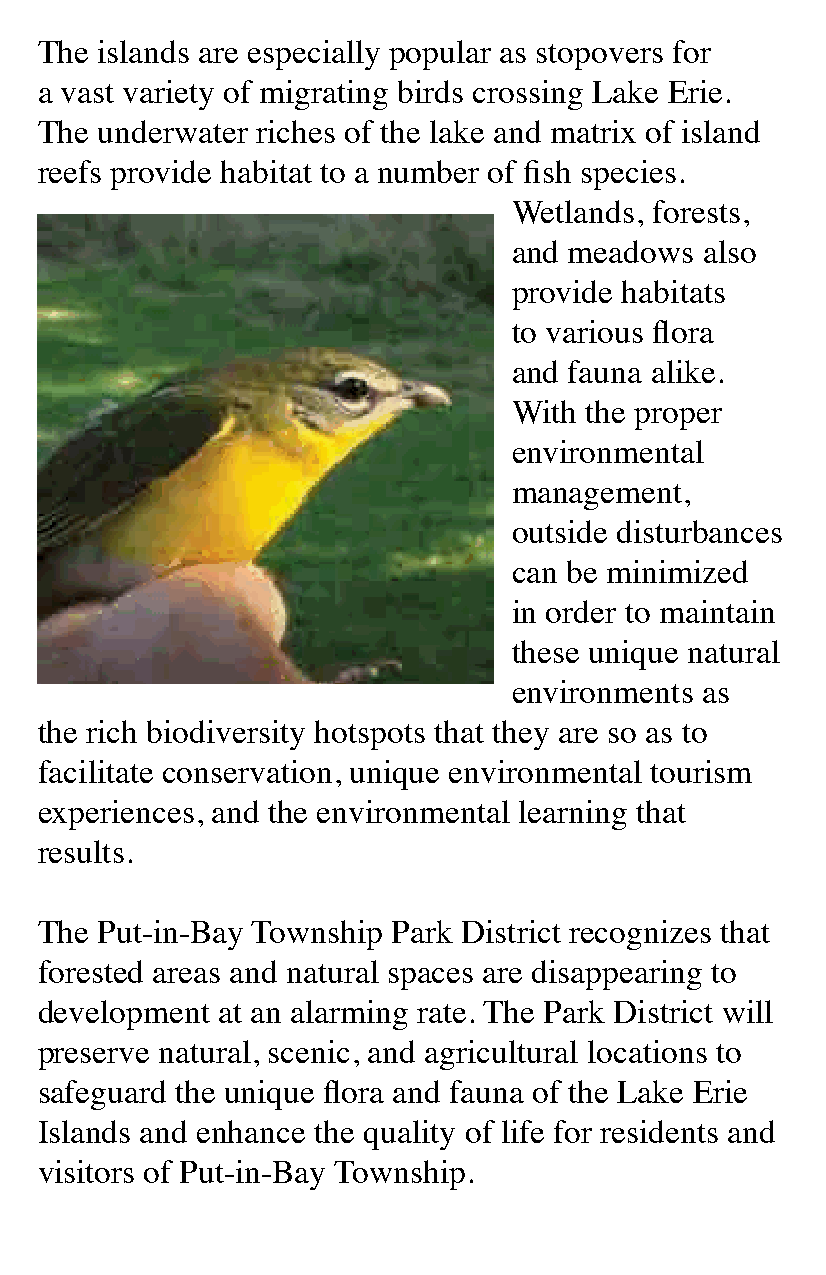
The islands are especially popular as stopovers for
 a vast variety of migrating birds crossing Lake Erie.
 The underwater riches of the lake and matrix of island
 reefs provide habitat to a number of fish species.
 Wetlands, forests,
 and meadows also
 provide habitats
 to various flora
 and fauna alike.
 With the proper
 environmental
 management,
 outside disturbances
 can be minimized
 in order to maintain
 these unique natural
 environments as
 the rich biodiversity hotspots that they are so as to
 facilitate conservation, unique environmental tourism
 experiences, and the environmental learning that
 results.
 The Put-in-Bay Township Park District recognizes that
 forested areas and natural spaces are disappearing to
 development at an alarming rate. The Park District will
 preserve natural, scenic, and agricultural locations to
 safeguard the unique flora and fauna of the Lake Erie
 Islands and enhance the quality of life for residents and
 visitors of Put-in-Bay Township.